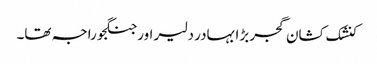
کنشک کشان گجر بڑا بہادر دلیر اور جنگجو راجہ تھا۔